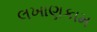
લખાણકામ